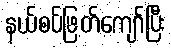
နယ်စပ်ဖြတ်ကျော်ပြီး